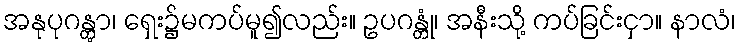
အနုပုဂန္တွာ၊ ရှေး၌မကပ်မူ၍လည်း။ ဥပဂန္တုံ၊ အနီးသို့ ကပ်ခြင်းငှာ။ နာလံ၊